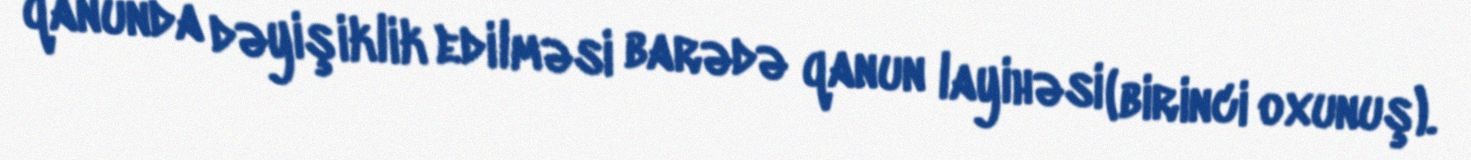
qanunda dəyişiklik edilməsi barədə qanun layihəsi (birinci oxunuş).